Calcutta medical institutions reports 1871-78
Year: 1871
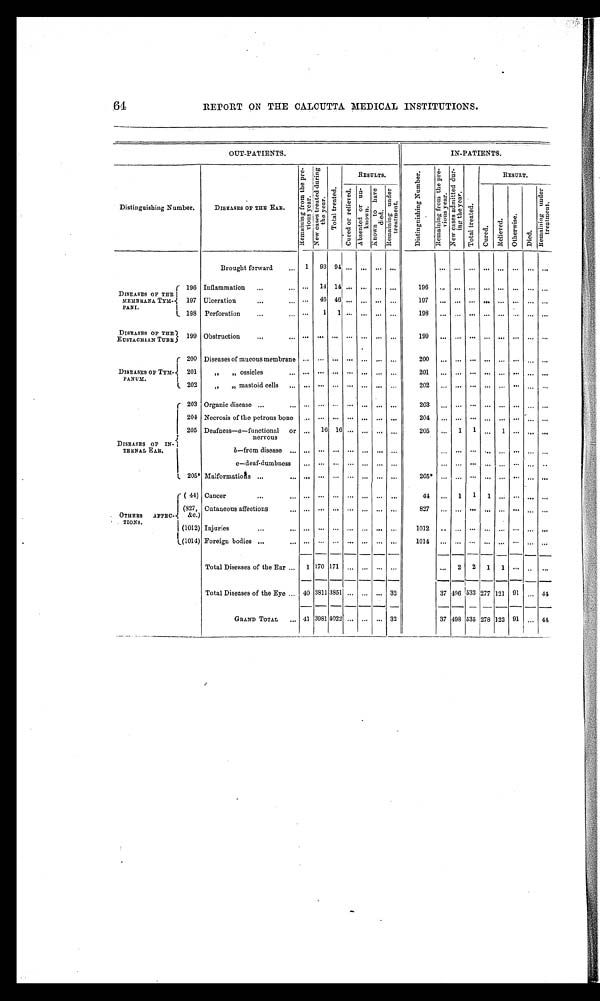
64
REPORT ON THE CALCUTTA MEDICAL INSTITUTIONS.
OUT-PATIENTS.
IN-PATIENTS.
Distinguishing Number.
DISEASES OF THE EAR.
R e m a i n i n g f r o m t h e p r e v i o u s y e a r . N e w c a s e s a d m i t t e d d u r -
i n g t h e y e a r . Tot a l Tr e a t e d.
RESULTS.
D i s t i n g u i s h i n g N u m b e r .
R e m a i n i n g f r o m t h e p r e v i o u s y e a r .
N e w c a s e s a d m i t t e d d u r -
i ng t he year
T o t a l T r e a t e d .
RESULT.
C a r r i e d o r r e l i e v e d .
A b s e n t e d o r u n -
known.
K n o w n t o h a v e
di ed.
R e m a i n i n g u n d e r
t r e a t me n t .
Cured.
Re l i e ve d.
Ot her wi se.
Di ed.
R e m a i n i n g u n d e r
t r e a t me n t .
Brought forward
1 93 94 ...
. . . . . . . . .
. . . . . . . . . . . . . . . . . . . . .
...
DISEASES OF THE
MEMBRANA TYM-
PANI.
196 Inflammation
... 14 14 ... ... ... ...
196
. . . . . . . . . . . . . . . . . .
... ...
197 Ulceration
...
4 6
46 . . . . . . . . . . . .
197
. . . . . . . . . . . . . . . . . . . . .
...
198 Perforation
...
1 1
. . . . . . . . . . . .
198
. . . . . . . . . . . . . . . . . . . . . ...
DISEASES OF THE
EUSTACHIAN TUBE 199 Obstruction
...
. . .
...
. . . . . . . . . . . .
199
. . . . . . . . . . . . . . . . . . . . . ...
DISEASES OF TYM-
PANUM.
200 Diseases of mucous membrane ... . . . ...
. . . . . . . . . . . .
200
. . . . . . . . . . . . . . . . . . . . . ...
201
,, „ ossicles
... . . . ... . . . ... ... ...
201
. . . . . . . . . . . . . . . . . . ...
. . .
202
„ „ mastoid cells
...
. . . ...
. . . ... ... ...
2 0 2 . . . . . . . . . . . . . . . . . . . . .
...
DISEASES OF IN-
TERNAL EAR.
203 Organic disease
...
. . . ... . . . ... ... ...
203
. . . . . . . . . . . . . . . . . . . . .
...
204 Necrosis of the petrous bone ... . . . ... . . . ... ... ...
204
. . . . . . . . . . . . . . . . . . . . .
...
205 Deafness—a—functional or
nervous
...
1 6
16 . . . . . . . . . . . .
205
. . . 1 1 ... 1 ...
. . . ...
b—from disease
... ... ... ... ...
. . . ...
. . . . . . . . . . . . . . . . . . . . .
...
c—deaf-dumbness ...
. . . ... . . . ... ...
. . .
. . . . . . . . . . . . . . . . . . . . .
...
205* Malformations
...
. . .
...
. . . . . . . . . . . .
2 0 5 . . . . . . . . . . . . . . . . . . . . .
...
OTHERS AFFEC-
TIONS.
(44) Cancer
... . . . ...
. . . . . . . . . . . .
44
. . . 1 1 1 ... ...
. . . ...
(827,
&C.)
Cutaneous affections
... . . . ... . . . . . . . . . . . .
8 2 7 . . . . . . . . . . . . . . . . . . . . .
...
(1012) Injuries
...
. . .
...
. . . . . . . . . . . .
1 0 1 2 . . . . . . . . . . . . . . . . . . . . .
...
(1014) Foreign bodies
...
. . .
...
. . . . . . . . . . . .
1 0 1 4 . . . . . . . . . . . . . . . . . . . . .
...
Total Diseases of the Ear
1 170 171 ... ... ... ...
... 2 2 1 1
. . . . . . ...
Total Diseases of the Eye
40 3811 3851 ... ... ... 32
37 496 5 3 3 277 121 91 ... 44
GRAND TOTAL
41 3981 4022 . . . . . . . . . 32
37 498 535 278 122 91
. . . 44